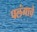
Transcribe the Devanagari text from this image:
पलंगाचे